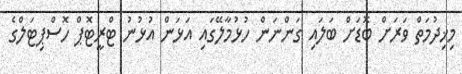
މިޚިދުމަތް ވަރަށް ބޮޑަށް ބަލައި ގަންނަން ހުޅުމާލޭގައި އަޅަން އުޅުނު ޓްރީޓޮޕް ހޮސްޕިޓަލްގެ